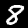
Label: 8